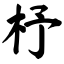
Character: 杼